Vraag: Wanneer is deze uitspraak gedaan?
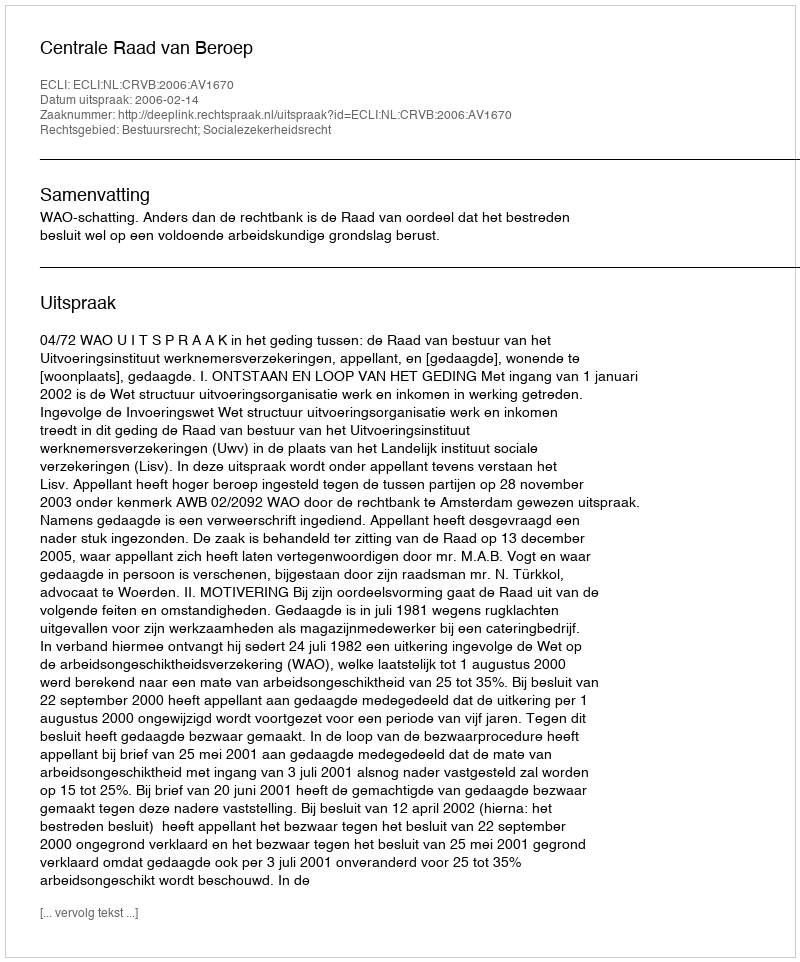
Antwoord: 2006-02-14